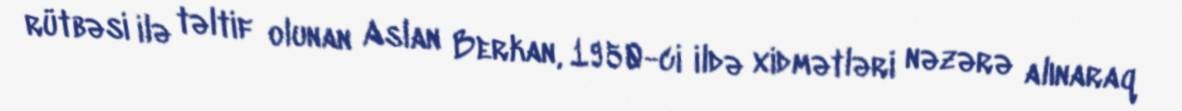
rütbəsi ilə təltif olunan Aslan Berkan, 1950-ci ildə xidmətləri nəzərə alınaraq